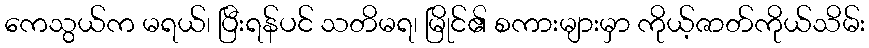
ကေသွယ်က မရယ်၊ ပြီးရန်ပင် သတိမရ၊ မြိုင်၏ စကားများမှာ ကိုယ့်ဇာတ်ကိုယ်သိမ်း